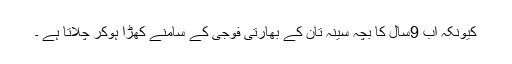
کیونکہ اب 9سال کا بچہ سینہ تان کے بھارتی فوجی کے سامنے کھڑا ہوکر چلاتا ہے ۔